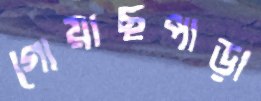
গোয়াছপাড়া